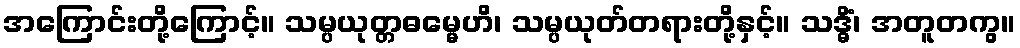
အကြောင်းတို့ကြောင့်။ သမ္ပယုတ္တဓမ္မေဟိ၊ သမ္ပယုတ်တရားတို့နှင့်။ သဒ္ဓိံ၊ အတူတကွ။